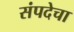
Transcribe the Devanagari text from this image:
संपदेचा